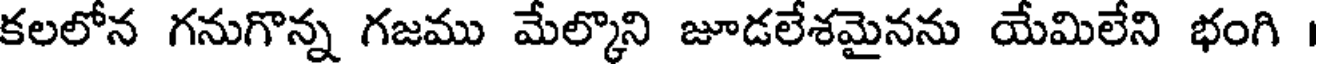
కలలోన గనుగొన్న గజము మేల్కొని జూడలేశమైనను యేమిలేని భంగి